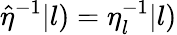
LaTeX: \hat{\eta}^{-1}|l)=\eta_{l}^{-1}|l)